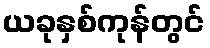
ယခုနှစ်ကုန်တွင်